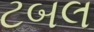
ટબલ